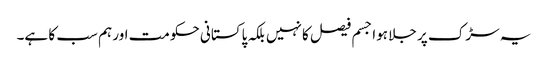
یہ سڑک پر جلا ہوا جسم فیصل کا نہیں بلکہ پاکستانی حکومت اور ہم سب کا ہے۔